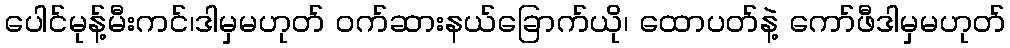
ပေါင်မုန့်မီးကင်၊ဒါမှမဟုတ် ဝက်ဆားနယ်ခြောက်ယို၊ ထောပတ်နဲ့ ကော်ဖီဒါမှမဟုတ်